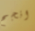
انجح